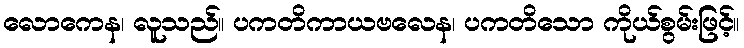
လောကေန၊ လူသည်။ ပကတိကာယဗလေန၊ ပကတိသော ကိုယ်စွမ်းဖြင့်။